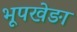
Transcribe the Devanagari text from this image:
भूपखेङा